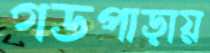
গডপাড়ায়